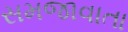
સમજાવાતા